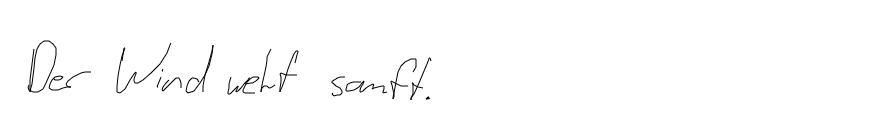
Der Wind weht sanft.